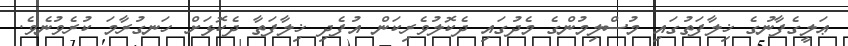
ޢަލީގެފާނުގެ ޚިލާފަތުގައި މުސްލިމުންގެ މެދުގައި ދެކޮލުވެރިކަން އުފެދި ޚިލާފަތާ ދެކޮޅަށް ހަނގުރާމަ ކުރެވުނެވެ.